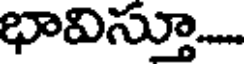
భావిస్తూ...